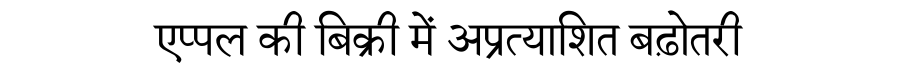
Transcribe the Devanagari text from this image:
एप्पल की बिक्री में अप्रत्याशित बढ़ोतरी